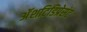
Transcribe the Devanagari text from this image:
अॅशटिडिप्रेसंट